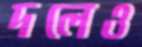
দলেও